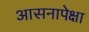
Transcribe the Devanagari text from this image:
आसनापेक्षा